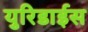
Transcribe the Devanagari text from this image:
युरिडाईस